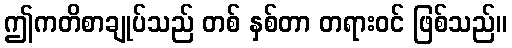
ဤကတိစာချုပ်သည် တစ် နှစ်တာ တရားဝင် ဖြစ်သည်။